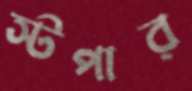
স্টপার